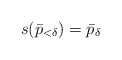
\begin{align*}s(\bar p_{<\delta})=\bar p_\delta\end{align*}